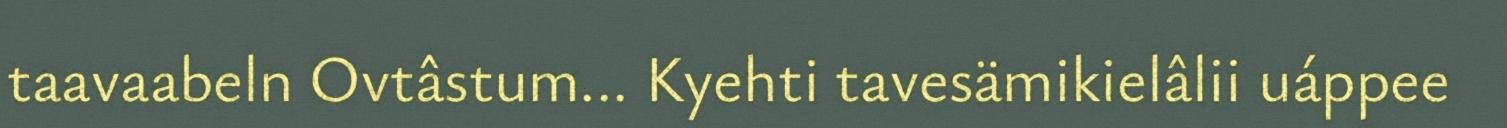
taavaabeln Ovtâstum... Kyehti tavesämikielâlii uáppee